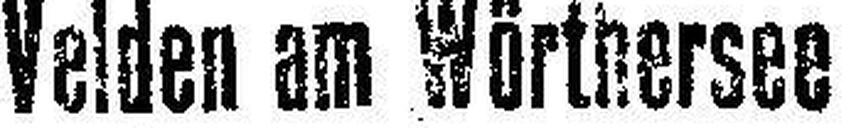
Velden am Wörthersee